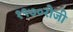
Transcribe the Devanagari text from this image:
१९७०रोजी